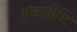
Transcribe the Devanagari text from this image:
अन्तर्द्रष्टि